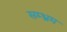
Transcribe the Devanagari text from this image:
सम्‍भ्रम